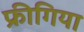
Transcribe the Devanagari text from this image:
फ्रीगिया